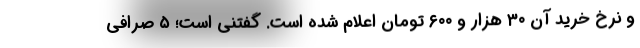
و نرخ خرید آن ۳۰ هزار و ۶۰۰ تومان اعلام شده است. گفتنی است؛ ۵ صرافی